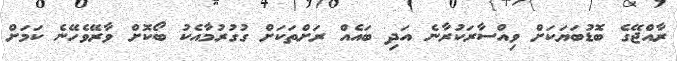
ރާއްޖޭގެ ބޮޑުބަޔަކަށް ވިއްސާރަކުރާނެ އަދި ބައެއް ރަށްތަކަށް ގުގުރުމާއެކު ބޯކޮށް ވާރޭވެހޭނެ ކަމަށް